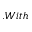
. W i t h